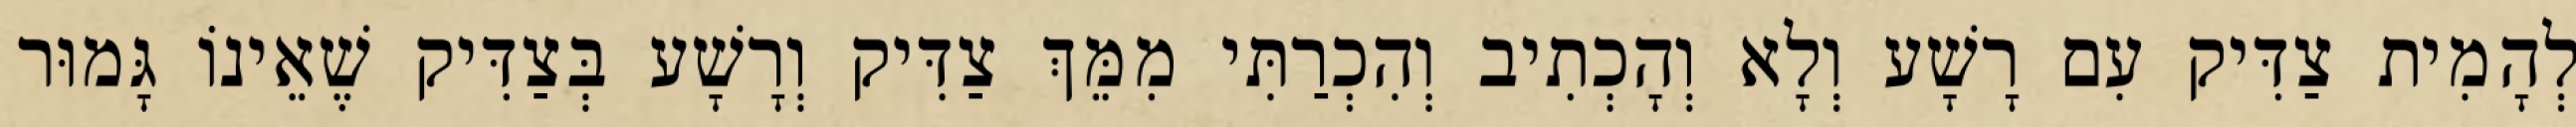
לְהָמִית צַדִּיק עִם רָשָׁע וְלָא וְהָכְתִיב וְהִכְרַתִּי מִמֵּךְ צַדִּיק וְרָשָׁע בְּצַדִּיק שֶׁאֵינוֹ גָּמוּר